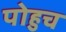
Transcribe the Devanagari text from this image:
पोहुच